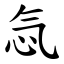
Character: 忥